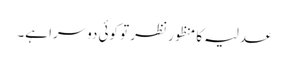
عدلیہ کا منظور نظر تو کوئی دوسرا ہے۔